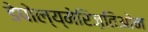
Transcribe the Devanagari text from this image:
डेपोल्य्मेरिज़तिओन